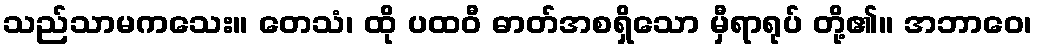
သည်သာမကသေး။ တေသံ၊ ထို ပထဝီ ဓာတ်အစရှိသော မှီရာရုပ် တို့၏။ အဘာဝေ၊